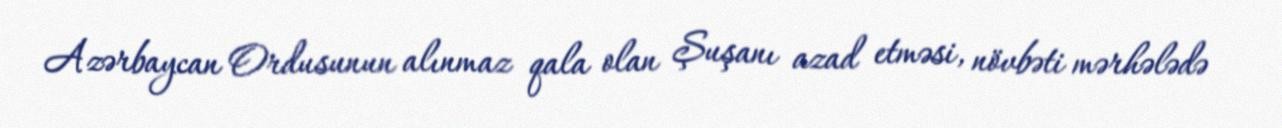
Azərbaycan Ordusunun alınmaz qala olan Şuşanı azad etməsi, növbəti mərhələdə